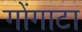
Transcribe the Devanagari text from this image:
गोंगाटा